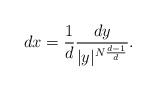
LaTeX: \begin{align*}dx=\frac{1}{d}\frac{dy}{|y|^{N\frac{d-1}{d}}}. \end{align*}